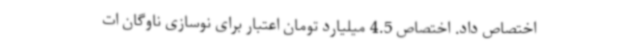
اختصاص داد. اختصاص 4.5 میلیارد تومان اعتبار برای نوسازی ناوگان ات